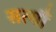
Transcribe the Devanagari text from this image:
सत्यौं